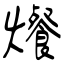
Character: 爘